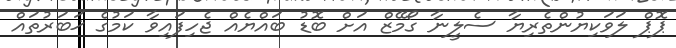
ޕޮޕް ލަވަކިޔުންތެރިޔާ ސެލީނާ ގޯމޭޒް އަށް ބޮޑު ބައްޔެއް ޖެހިފައިވާ ކަމުގެ ޚަބަރުތައް